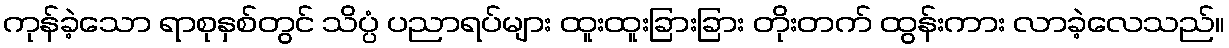
ကုန်ခဲ့သော ရာစုနှစ်တွင် သိပ္ပံ ပညာရပ်များ ထူးထူးခြားခြား တိုးတက် ထွန်းကား လာခဲ့လေသည်။